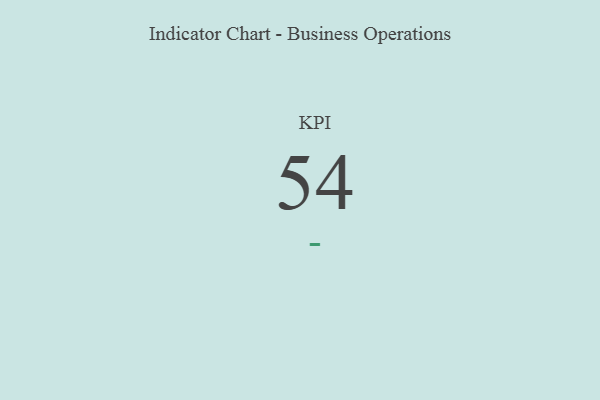
{"axis": {"x": "KPI", "y": "Value"}, "legend": [""], "data": [{"x": "KPI", "y": 54, "type": ""}]}